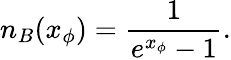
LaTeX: n_{B}(x_{\phi})=\frac{1}{e^{x_{\phi}}-1}.